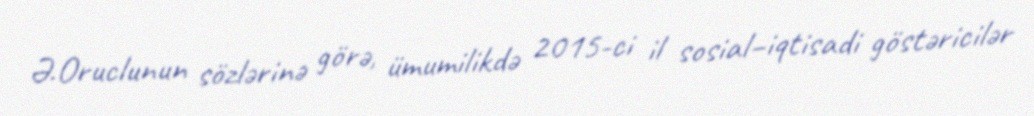
Ə.Oruclunun sözlərinə görə, ümumilikdə 2015-ci il sosial–iqtisadi göstəricilər